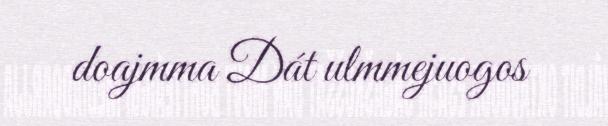
doajmma Dát ulmmejuogos